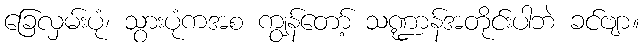
ခြေလှမ်းပုံ၊ သွားပုံကအစ ကျွန်တော့် သဏ္ဍာန်အတိုင်းပါဘဲ ခင်ဗျာ။